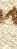
uno